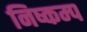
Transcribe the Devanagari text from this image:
निष्कम्प